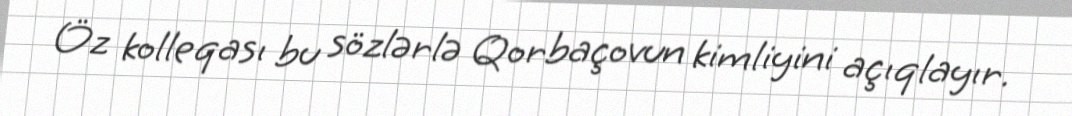
Öz kolleqası bu sözlərlə Qorbaçovun kimliyini açıqlayır.